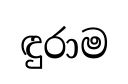
ඳුරාම